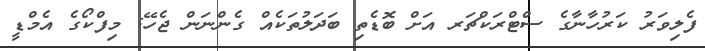
ފެލިވަރު ކަރުހާނާގެ ސްޓްރަކްޗަރ އަށް ބޮޑެތި ބަދަލުތަކެއް ގެންނަން ޖެހޭ: މިފްކޯގެ އެމްޑީ